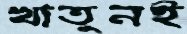
খাতুনই